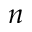
n